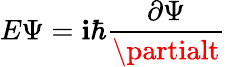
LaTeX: E\Psi=\mathbf{i}\hbar{\frac{{\partial\Psi}}{{\partialt}}}\,